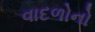
વાદળોનો